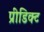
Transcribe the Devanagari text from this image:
प्रीडिक्ट